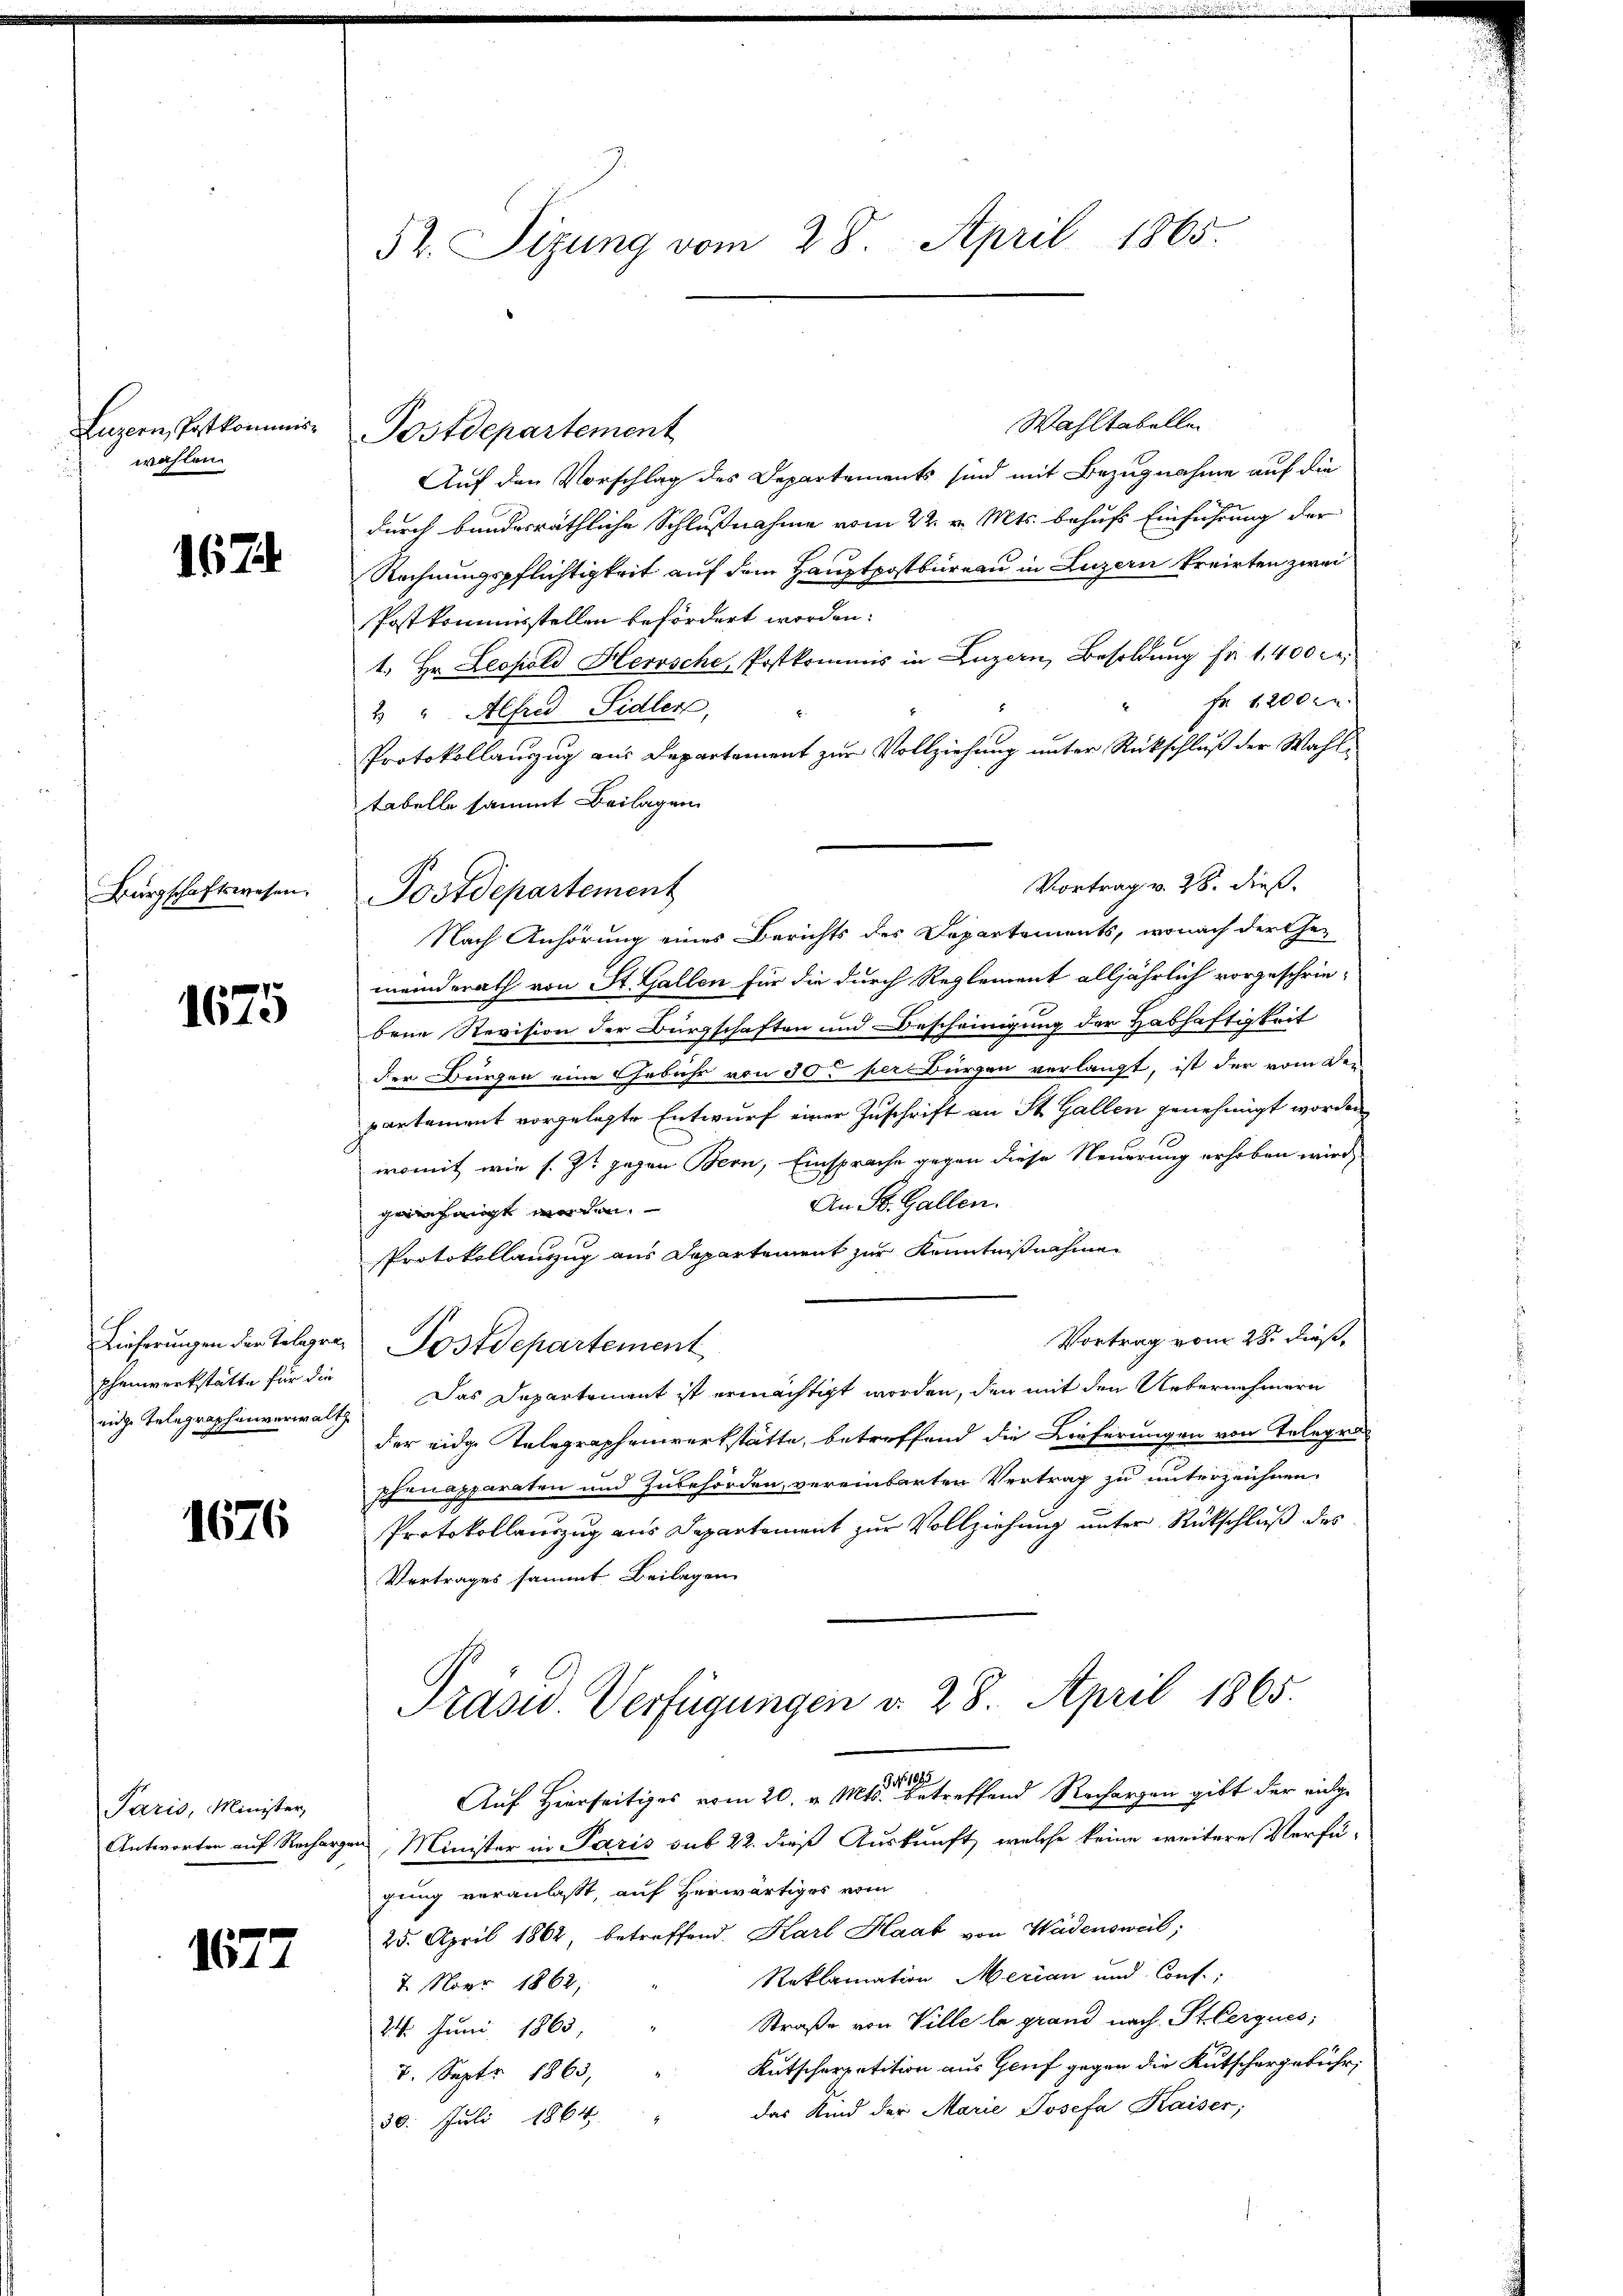
Luzern, Postkommiswahlen.

1674

Bürgschaftswesen.

1675

Ehenwerkstatte für die

1676

Paris, Minister

1677

52. Sizung vom 28. April 1865.

Wahltabellen
Postdepartement
Auf den Vorschlag des Departements sind mit Bezugnahme auf die
durch bundesräthliche Schlußnahme vom 22. v. Mts. behufs Einführung der
Rechnungspflichtigkeit auf dem Hauptpostbüreau in Luzern kreirten zwei
Postkommisstellen befördert worden.
1. Hr. Leopold Herrsche, Postkommis in Luzern, Besoldung fr. 1. 400 c.
Fr. 12000.
2 " Alfred Sidler,
Protokollauszug aus Departement zur Vollziehung unter Rückschluß der Wahltabelle sammt Beilagen
Nach Anhörung eines Berichts des Departements, wonach der ther
meinderath von St. Gallen für die durch Reglement alljährlich vorgeschrie-
bene Revision der Bürgschaften und Bescheinigung der Habhaftigkeit
der Bürgen eine Gebühr von 50 per Bürgen verlangt, ist der vom Der-
partement vorgelegte Entwurf einer Zuschrift an St. Gallen genehmigt worden
womit wie s. Zt. gegen Bern, Einsprache gegen diese Neuerung erhoben wird,
An St. Gallen.
geinhangt worden.
PProtokollauszug aus Departement zur Kenntnißnahmen
Vortrag vom 28. dieß,
Lieferungen der Telegra Postdepartement
inige Telegraphenverwalt. Das Departement ist ermächtigt worden, den mit den Uebernehmern
der eidg. Telegraphenwerkstätte, betreffend die Lieferungen von Telegra
phinapparaten und Zubehörden, vereinbarten Vertrag zu unterzeichnen.
Protokollauszug aus Departement zur Vollziehung unter Rückschluß des
Vertrages sammt Beilagen
Präsid. Verfügungen v. 28. April 1865.
Auf Hierseitiges vom 20. v. Mts. betreffend Rechargen gibt der eini¬
Antworten auf Rechargen, Minister in Paris sub 22. dieß Auskunft, welche keine weitere Verfü-
gung veranlasst, auf herwärtiges vom
25. April 1862, betreffend. Karl Haab von Wädensweil;
Reklamation Merian und Conf.;
7. Nobr 1862,
Straße von Ville le grand nach St. Cerques;
24. Juni 1863,
Kutscherpetition aus Genf gegen die Kutschergebühr,
7. Sept 1863,
das Kind der Marie Josefa Kaiser;
30. Juli 1864

Postdepartement

Vortrag v. 28. dieß.